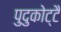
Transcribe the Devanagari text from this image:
पुदुकोट्टै